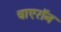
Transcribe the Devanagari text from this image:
चाएरॉन